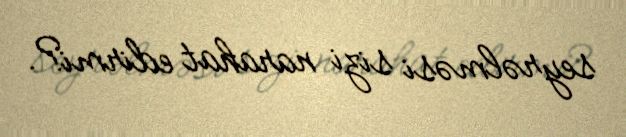
seyrəlməsi sizi narahat edirmi?.